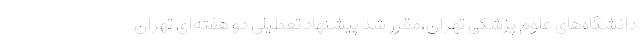
دانشگاه‌های علوم پزشکی تهران،مقرر شد پیشنهاد تعطیلی دو هفته‌ای تهران